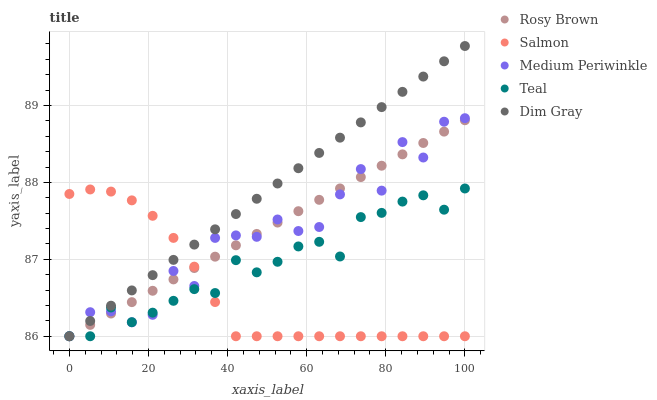
| xaxis_label | Rosy Brown | Salmon | Medium Periwinkle | Teal | Dim Gray |
 | --- | --- | --- | --- | --- | --- |
 | 0 | 86 | 87.8 | 86 | 86 | 86 |
 | 5.26 | 86.1 | 87.9 | 86.3 | 86 | 86.2 |
 | 10.5 | 86.3 | 87.9 | 86.3 | 86.4 | 86.4 |
 | 15.8 | 86.4 | 87.8 | 86.2 | 86.2 | 86.6 |
 | 21.1 | 86.6 | 87.6 | 86.3 | 86.3 | 86.8 |
 | 26.3 | 86.7 | 87.3 | 86.8 | 86.5 | 87 |
 | 31.6 | 86.9 | 86.9 | 86.7 | 86.6 | 87.2 |
 | 36.8 | 87 | 86.4 | 87.3 | 86.6 | 87.4 |
 | 42.1 | 87.2 | 86 | 87.3 | 87 | 87.6 |
 | 47.4 | 87.3 | 86 | 87.3 | 86.8 | 87.8 |
 | 52.6 | 87.5 | 86 | 87.5 | 87 | 88 |
 | 57.9 | 87.6 | 86 | 87.4 | 87.2 | 88.2 |
 | 63.2 | 87.8 | 86 | 87.4 | 87.2 | 88.4 |
 | 68.4 | 87.9 | 86 | 87.8 | 87 | 88.6 |
 | 73.7 | 88.1 | 86 | 88.2 | 87.5 | 88.8 |
 | 78.9 | 88.2 | 86 | 87.9 | 87.6 | 89 |
 | 84.2 | 88.4 | 86 | 88.5 | 87.8 | 89.2 |
 | 89.5 | 88.5 | 86 | 88.3 | 87.8 | 89.4 |
 | 94.7 | 88.7 | 86 | 88.8 | 87.6 | 89.6 |
 | 100 | 88.8 | 86 | 88.8 | 87.9 | 89.8 |